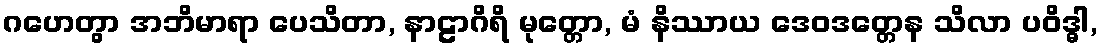
ဂဟေတွာ အဘိမာရာ ပေသိတာ, နာဠာဂိရိ မုတ္တော, မံ နိဿာယ ဒေဝဒတ္တေန သိလာ ပဝိဒ္ဓါ,